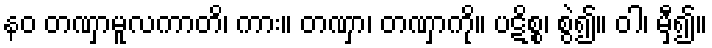
နဝ တဏှာမူလကာတိ၊ ကား။ တဏှာ၊ တဏှာကို။ ပဋိစ္စ၊ စွဲ၍။ ဝါ၊ မှီ၍။